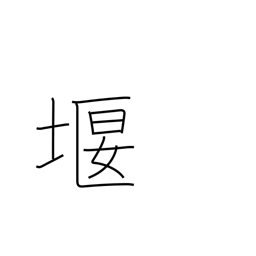
Meaning: prevent